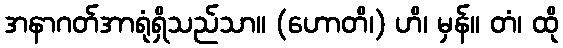
အနာဂတ်အာရုံရှိသည်သာ။ (ဟောတိ၊) ဟိ၊ မှန်။ တံ၊ ထို